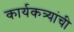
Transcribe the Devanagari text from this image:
कार्यकत्र्यांची